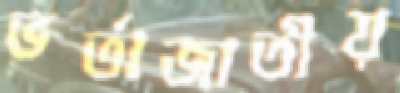
ভর্তাজাতীয়